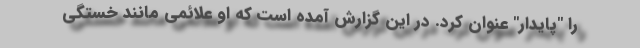
را "پایدار" عنوان کرد. در این گزارش آمده است که او علائمی مانند خستگی